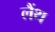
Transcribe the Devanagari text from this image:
लैंथ